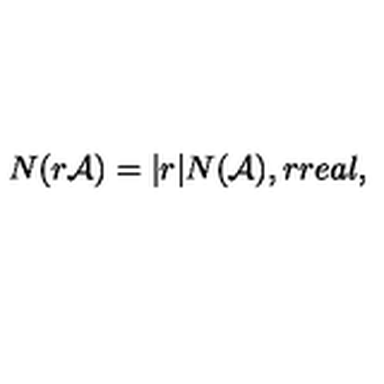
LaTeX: N ( r { \cal A } ) = \vert r \vert N ( { \cal A } ) , r r e a l ,